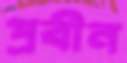
প্রবীন